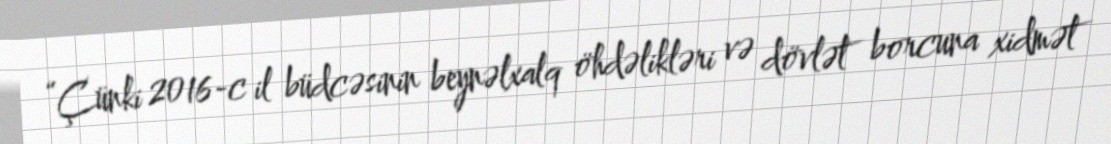
“Çünki 2016-c il büdcəsinin beynəlxalq öhdəlikləri və dövlət borcuna xidmət